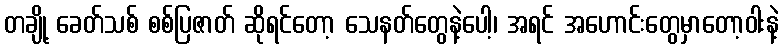
တချို့ ခေတ်သစ် စစ်ပြဇာတ် ဆိုရင်တော့ သေနတ်တွေနဲ့ပေါ့၊ အရင် အဟောင်းတွေမှာတော့ဝါးနဲ့